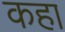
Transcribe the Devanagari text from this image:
कहा